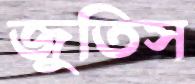
জুতিস